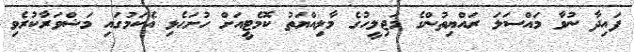
ފައިދާ ނުވާ މައްސަލަ ރައްޔިތުންގެ މަޖިލީހުގެ މާލިއްޔަތު ކޮމެޓީއަށް ހުށަހެޅި އެކަމުގައި މަޝްވަރާކުރެވި